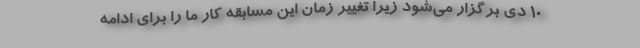
10 دی برگزار می‌شود زیرا تغییر زمان این مسابقه کار ما را برای ادامه